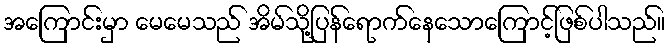
အကြောင်းမှာ မေမေသည် အိမ်သို့ပြန်ရောက်နေသောကြောင့်ဖြစ်ပါသည်။